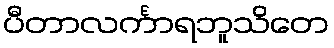
ပီတာလင်္ကာရဘူသိတေ